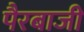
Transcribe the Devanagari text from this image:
पैरबाजी